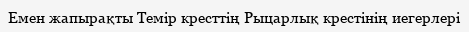
Емен жапырақты Темір кресттің Рыцарлық крестінің иегерлері